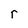
Character: r